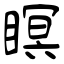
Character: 瞑